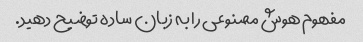
مفهوم هوش مصنوعی را به زبان ساده توضیح دهید.